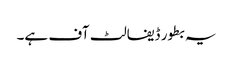
یہ بطور ڈیفالٹ آف ہے۔